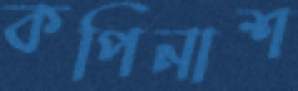
কপিনাশ